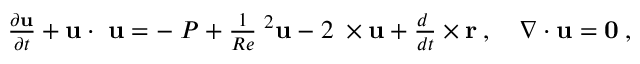
\begin{array} { r } { \frac { \partial { \bf { u } } } { \partial t } + { \bf { u } } \cdot { \bf { \nabla u } } = - { \bf { \nabla } } P + \frac { 1 } { R e } { \bf { \nabla } } ^ { 2 } { \bf { u } } - 2 { \bf { \Omega } } \times { \bf { u } } + \frac { d { \bf { \Omega } } } { d t } \times { \bf { r } } \: , \quad \nabla \cdot \bf { u } = 0 \: , } \end{array}